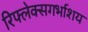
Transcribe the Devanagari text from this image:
रिफ्लेक्सगर्भाशय